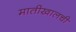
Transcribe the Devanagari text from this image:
मातीखालची